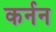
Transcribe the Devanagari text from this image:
कर्नन